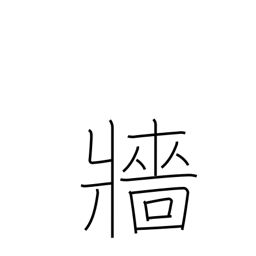
Meaning: hedge